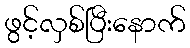
ဖွင့်လှစ်ပြီးနောက်